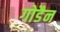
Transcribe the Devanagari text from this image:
गोडैन